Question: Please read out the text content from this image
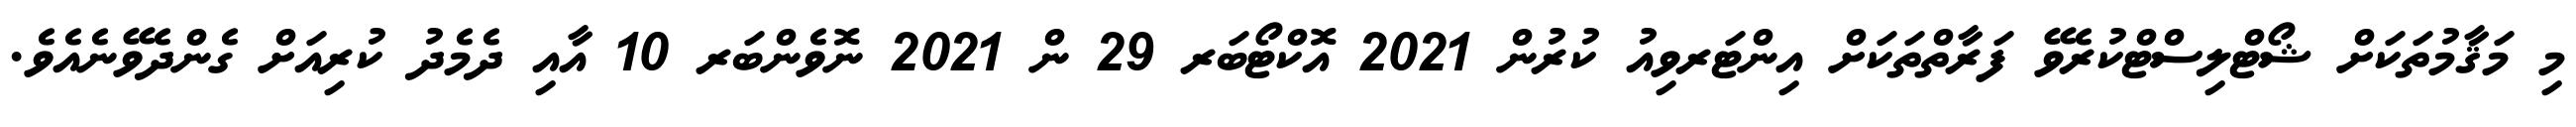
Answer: މި މަޤާމުތަކަށް ޝޯޓްލިސްޓްކުރެވޭ ފަރާތްތަކަށް އިންޓަރވިއު ކުރުން 2021 އޮކްޓޯބަރ 29 ން 2021 ނޮވެންބަރ 10 އާއި ދެމެދު ކުރިއަށް ގެންދެވޭނެއެވެ.